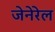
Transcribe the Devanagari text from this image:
जेनेरेल